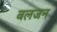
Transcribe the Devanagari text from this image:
बलजन